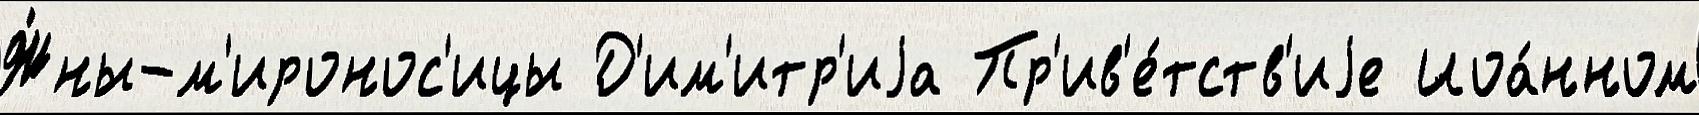
Ж́ны-м'иронос'ицы Д'им'итр'иjа Пр'ив'е́тств'иjе Иоа́нном